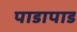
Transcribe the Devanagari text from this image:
पाडापाड